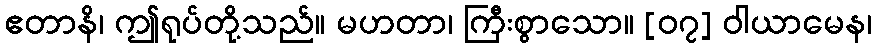
ဧတာနိ၊ ဤရုပ်တို့သည်။ မဟတာ၊ ကြီးစွာသော။ [၀၇] ဝါယာမေန၊